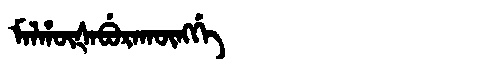
Manchu: ᠮᠠᠯᡥᡡᡧᠠᠪᡠᡵᠠᡴᡡᠩᡤᡝ
Romanization: MALHŪŠABURAKŪNGGE